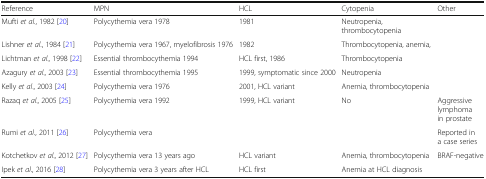
<table><thead><tr><td><b>Reference</b></td><td><b>MPN</b></td><td><b>HCL</b></td><td><b>Cytopenia</b></td><td><b>Other</b></td></tr></thead><tbody><tr><td>Mufti <i>et al.</i>, 1982 [20]</td><td>Polycythemia vera 1978</td><td>1981</td><td>Neutropenia, thrombocytopenia</td><td></td></tr><tr><td>Lishner <i>et al</i>., 1984 [21]</td><td>Polycythemia vera 1967, myelofibrosis 1976</td><td>1982</td><td>Thrombocytopenia, anemia,</td><td></td></tr><tr><td>Lichtman <i>et al</i>., 1998 [22]</td><td>Essential thrombocythemia 1994</td><td>HCL first, 1986</td><td>Thrombocytopenia</td><td></td></tr><tr><td>Azagury <i>et al</i>., 2003 [23]</td><td>Essential thrombocythemia 1995</td><td>1999, symptomatic since 2000</td><td>Neutropenia</td><td></td></tr><tr><td>Kelly <i>et al</i>., 2003 [24]</td><td>Polycythemia vera 1976</td><td>2001, HCL variant</td><td>Anemia, thrombocytopenia</td><td></td></tr><tr><td>Razaq <i>et al</i>., 2005 [25]</td><td>Polycythemia vera 1992</td><td>1999, HCL variant</td><td>No</td><td>Aggressive lymphoma in prostate</td></tr><tr><td>Rumi <i>et al</i>., 2011 [26]</td><td>Polycythemia vera</td><td></td><td></td><td>Reported in a case series</td></tr><tr><td>Kotchetkov <i>et al</i>., 2012 [27]</td><td>Polycythemia vera 13 years ago</td><td>HCL variant</td><td>Anemia, thrombocytopenia</td><td>BRAF-negative</td></tr><tr><td>Ipek <i>et al</i>., 2016 [28]</td><td>Polycythemia vera 3 years after HCL</td><td>HCL first</td><td>Anemia at HCL diagnosis</td><td></td></tr></tbody></table>